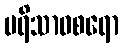
ပရိသာဝစရော